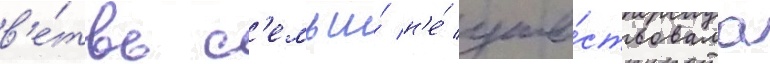
в'е́твь с'емьи́ н'е́ уча́ствовала